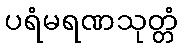
ပရံမရဏသုတ္တံ